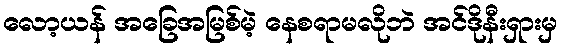
လော့ယန် အခြေအမြစ်မဲ့ နေစရာမလိုဘဲ အင်ဒိုနီးရှားမှ